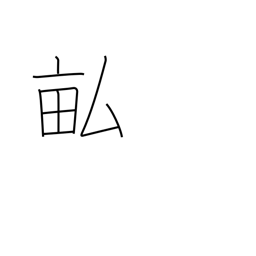
Meaning: fields